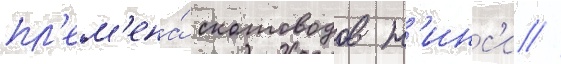
пл'ем'ена́ скотоводов н'инс'и //